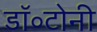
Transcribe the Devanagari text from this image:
डॉ॰टोनी